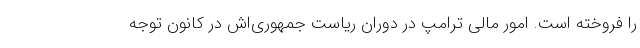
را فروخته است. امور مالی ترامپ در دوران ریاست جمهوری‌اش در کانون توجه